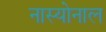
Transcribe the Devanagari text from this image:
नास्योनाल